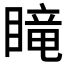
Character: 𥉫